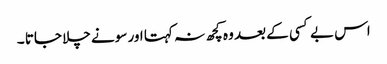
اس بے کسی کے بعد وہ کچھ نہ کہتا اور سونے چلا جاتا ۔